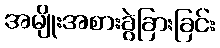
အမျိုးအစားခွဲခြားခြင်း